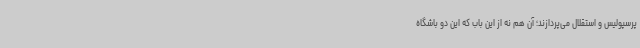
پرسپولیس و استقلال می‌پردازند؛ آن هم نه از این باب که این دو باشگاه